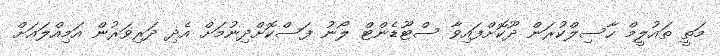
މަތީ ތައުލީމް ހާސިލްކުރަން ދޫކޮށްފައިވާ ސްޓޫޑެންޓް ލޯނު ފަސްކޮށްދިނުމަށް އެދި ދަރިވަރުން އަމިއްލައަށް